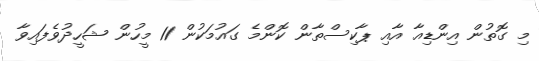
މި ގޮތުން އިންޑިއާ އާއި ޕާކިސްތާން ކޮންމެ ގައުމަކުން 11 މީހުން ޝަހީދުވެފައިވާ